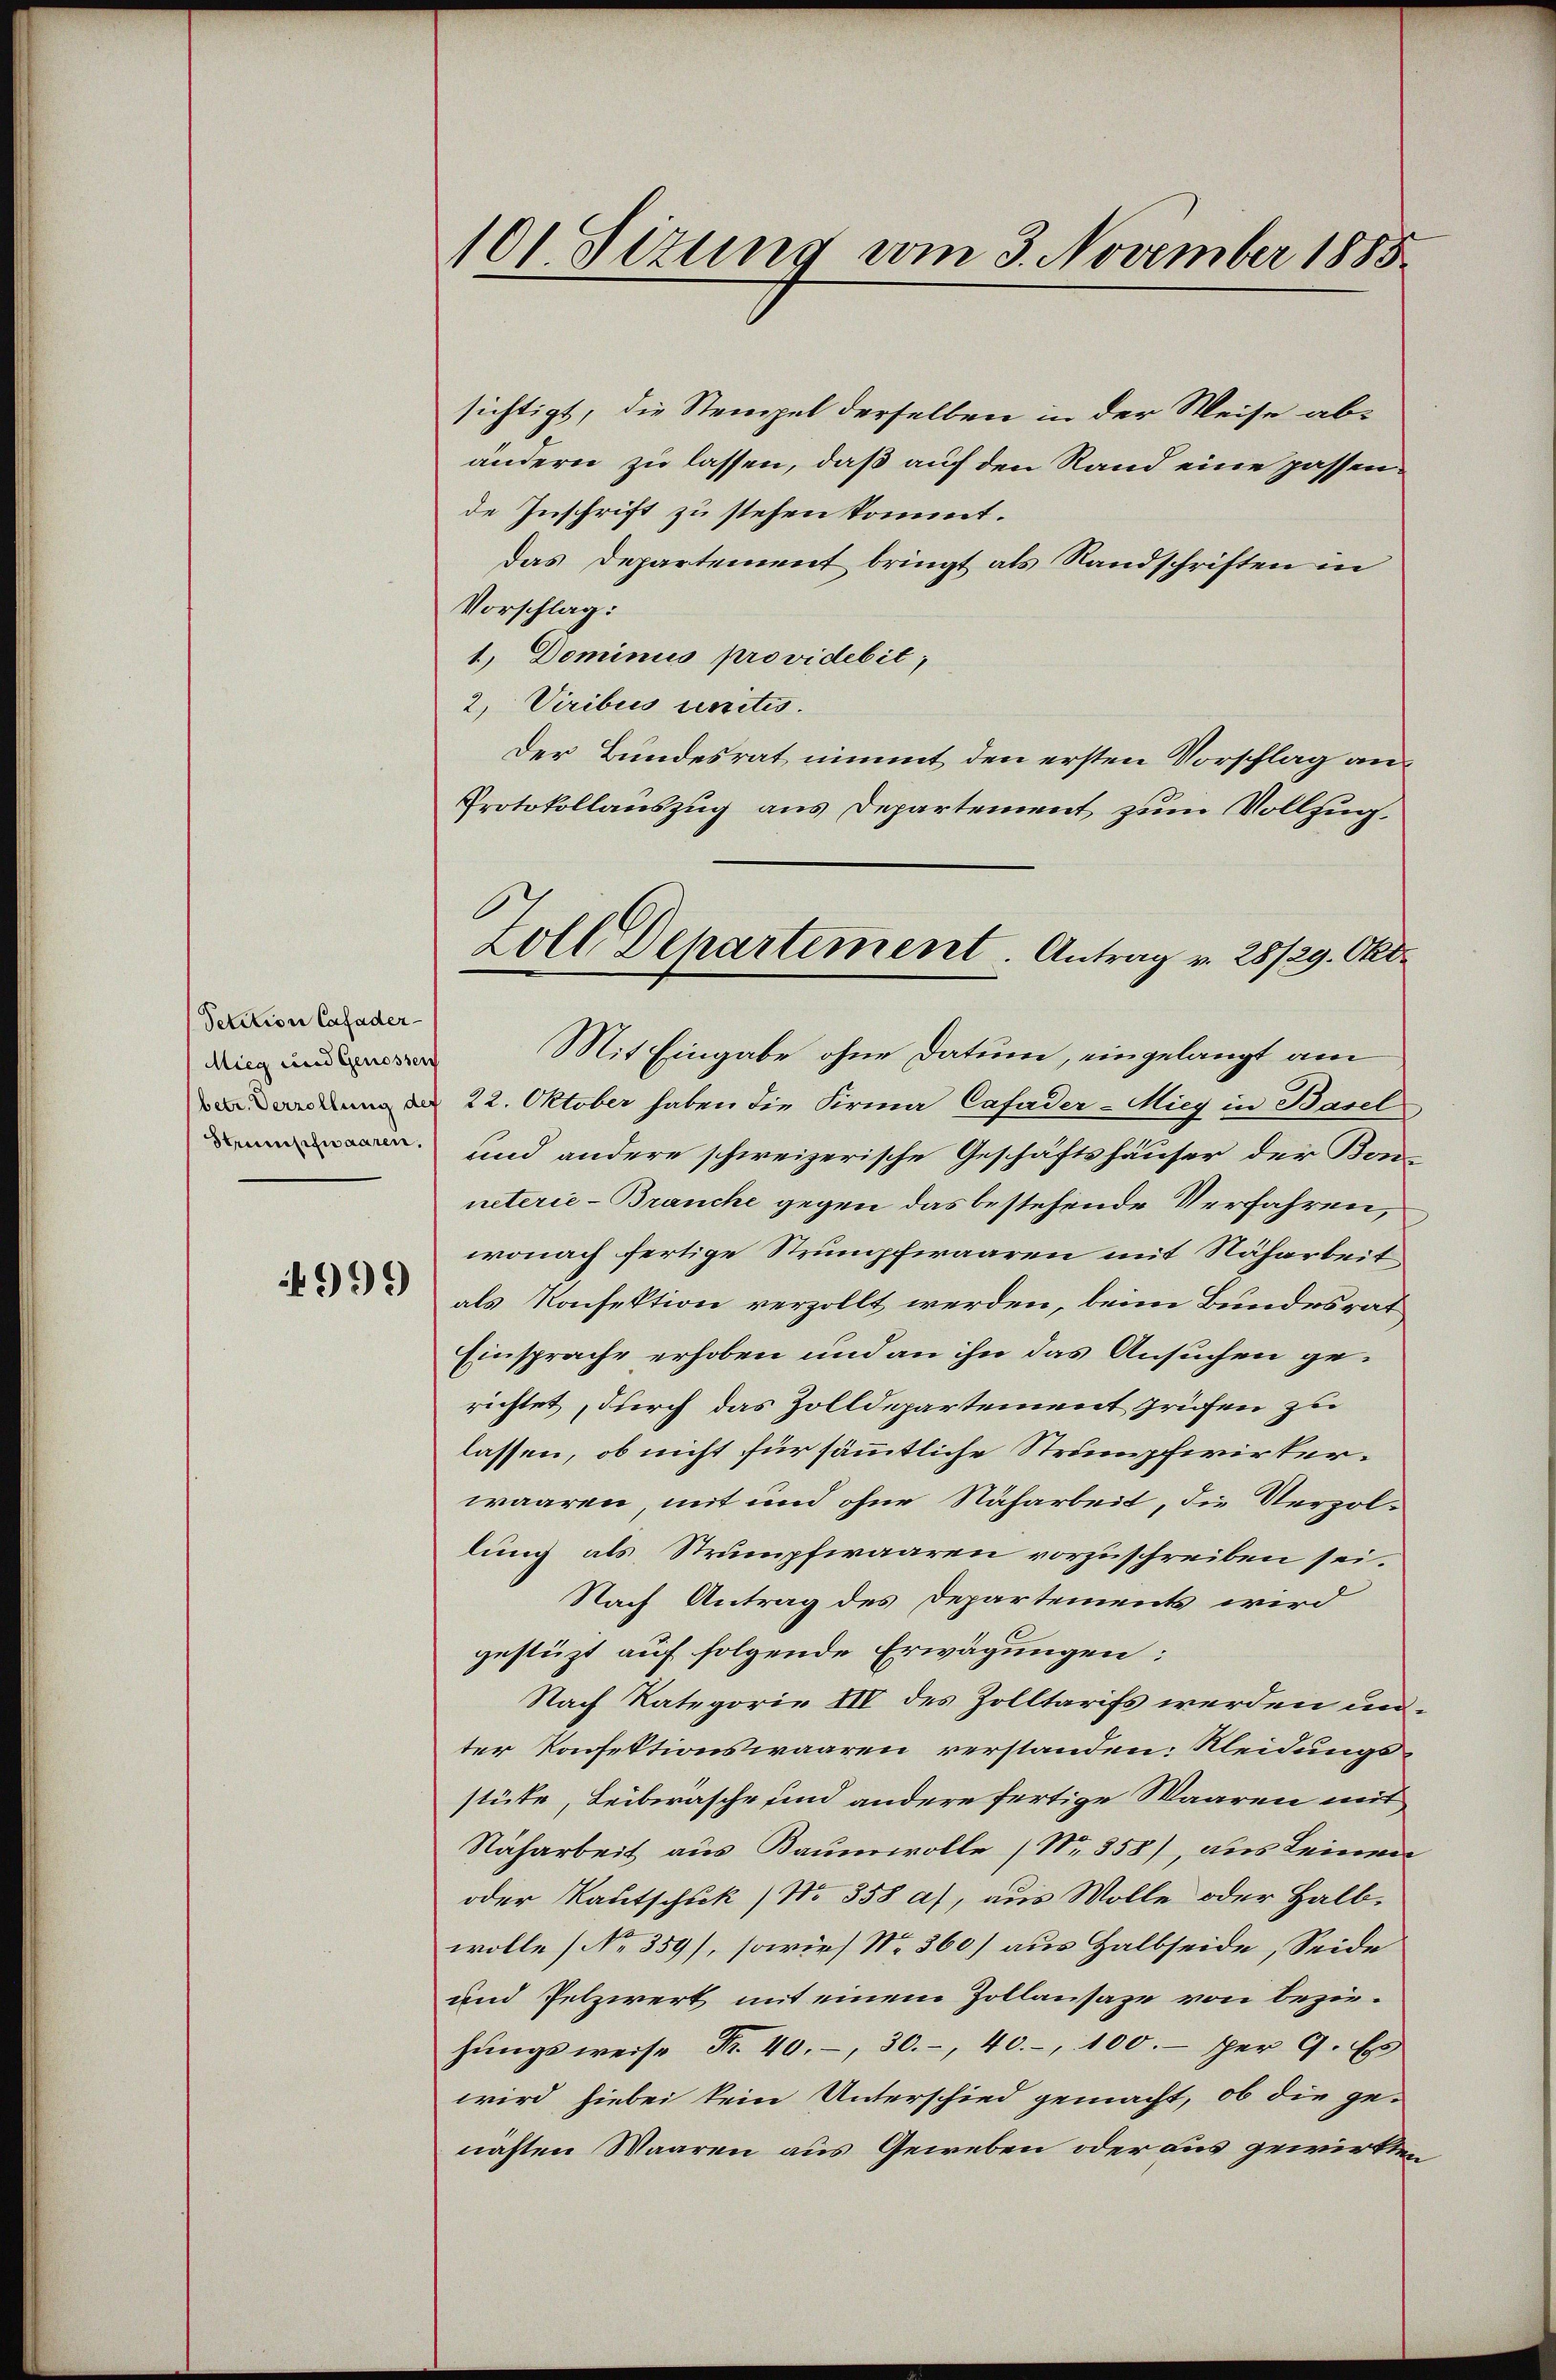
Petition Cafader-
Mieg und Genossen
Strumpfwaaren.

4999

101 Sizung vom 3. November 1885

sichtigt, die Stempel derselben in der Weise ab-
ändern zu lassen, daß auf den Rand eine passende Inschrift zu stehen kommt.
Das Departement bringt als Sandschriften in
Vorschlag:
1, Dominus providebit,
2. Viribus einitis.
Der Bundesrat nimmt den ersten Vorschlag an
Protokollauszug aus Departement zum Vollzug.
Mit Eingabe ohne Datum, eingelangt am
dung der 22. Oktober haben die Firma Cafader-Mieg in Basel
und andere schweizerische Geschäftshäuser der Konneterie-Branche gegen das bestehende Verfahren,
wonach fertige Strumpfwaaren mit Naharbeit
als Konfektion verzollt werden, beim Bundesrat
Einsprache erhoben und an ihn das Ansuchen gerichtet, durch das Zolldepartement prüfen zu
lassen, ob nicht für sämmtliche Strumpfwirkerwaaren, mit und ohne Naharbeit, die Verzollung als Strumpfwaaren vorzuschreiben sei.
Nach Antrag des Departements wird
gestüzt auf folgende Erwägungen:
Nach Kategorie III des Zolltarifs werden unter Konfektionswaaren verstanden. Kleidungs-
stüke, Leibwäsche und andere fertige Waaren mit
Naharbeit aus Baumwolle (Nr. 358), aus Leinen
oder Kautschuk No 358 a), aus Wolle oder Halbwolle (No 359), sowie No 360) aus Halbseide, Seide
und Pelzwert mit einem Zollansaze von beziehŭngsweise Nr. 40. 30. 40. 100.- per 9. E
wird hiebei kein Unterschied gemacht, ob die ge-
nähten Waaren aus Geweben oder aus gewirkten

Zoll Departement. Antrag v. 28/29. Okt.